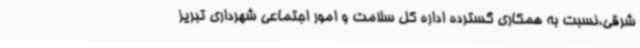
شرقی،نسبت به همکاری گسترده اداره کل سلامت و امور اجتماعی شهرداری تبریز